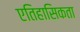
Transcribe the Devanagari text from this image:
एतिहासिकता